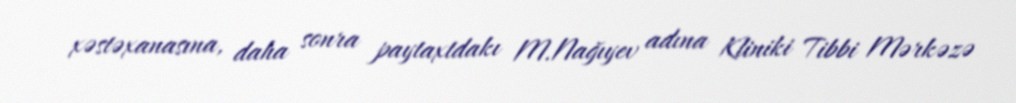
xəstəxanasına, daha sonra paytaxtdakı M.Nağıyev adına Kliniki Tibbi Mərkəzə